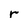
Character: r